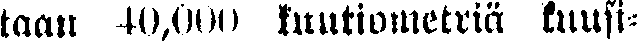
taau 40,000 kuutiometriä kuusi-